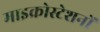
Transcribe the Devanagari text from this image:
माइक्रोस्टेशनों